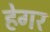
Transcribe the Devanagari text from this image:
हेगर